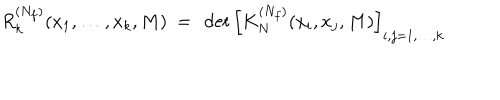
LaTeX: R _ { k } ^ { ( N _ { f } ) } ( x _ { 1 } , \ldots , x _ { k } , M ) \ = \ \det \left[ K _ { N } ^ { ( N _ { f } ) } ( x _ { i } , x _ { j } , M ) \right] _ { i , j = 1 , \ldots , k }